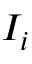
I _ { i }